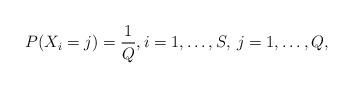
LaTeX: \begin{align*}P(X_i = j) = \frac{1}{Q}, i = 1, \ldots, S, \: j = 1, \ldots, Q,\end{align*}